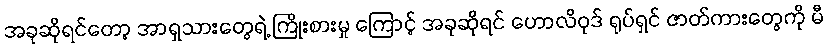
အခုဆိုရင်တော့ အာရှသားတွေရဲ့ ကြိုးစားမှု ကြောင့် အခုဆိုရင် ဟောလိဝုဒ် ရုပ်ရှင် ဇာတ်ကားတွေကို မီ